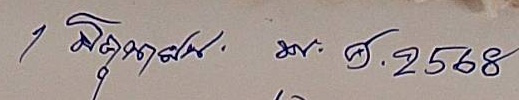
1 มิถุนายน พ.ศ. 2568